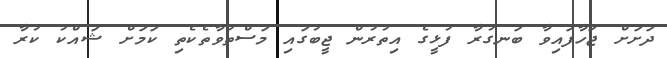
ދަށަށް ޖަހާފައިވާ ބަނގުރާ ފުޅީގެ އިތުރުން ޖީބުގައި މަސްތުވާތެކެތި ކަމަށް ޝައްކު ކުރާ